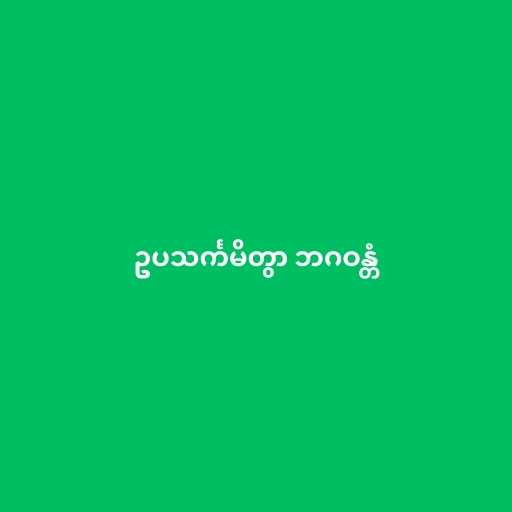
ဥပသင်္ကမိတွာ ဘဂဝန္တံ